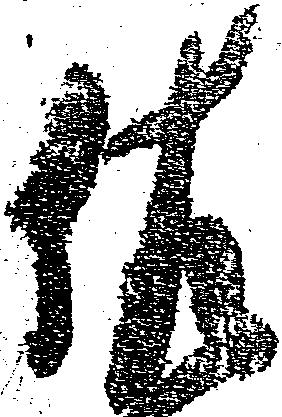
佐